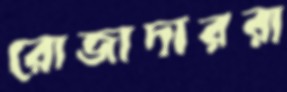
রোজাদাররা